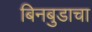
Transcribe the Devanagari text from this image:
बिनबुडाचा